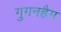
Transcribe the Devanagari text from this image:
गुगनहैम